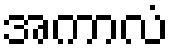
အကာလံ